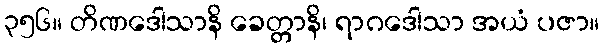
၃၅၆။ တိဏဒေါသာနိ ခေတ္တာနိ၊ ရာဂဒေါသာ အယံ ပဇာ။